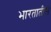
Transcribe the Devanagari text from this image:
भारतातीस